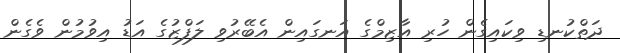
ދަތްކުނޑި ވިކައިގެން ހުރި އާޒިމްގެ އަނގައިން އެބޭރުވި ލަފްޒުގެ އަޑު އިވުމުން ވެގެން